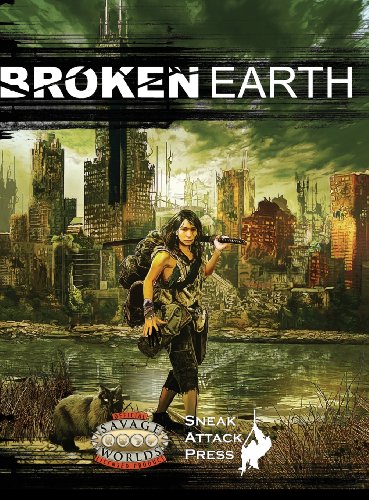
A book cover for Broken Earth (Savage Worlds); Matthew J. Hanson; Science Fiction & Fantasy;